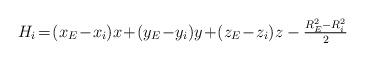
LaTeX: \begin{align*} \left. \begin{array}{l l}H_i \!=\! (x_E\!-\!x_i)x\!+\!(y_E\!-\!y_i)y\!+\!(z_E\!-\!z_i)z-\frac{R_E^2 -R_i^2}{2} \end{array} \right. \end{align*}